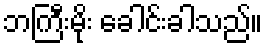
ဘကြီးမိုး ခေါင်းခါသည်။